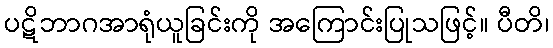
ပဋိဘာဂအာရုံယူခြင်းကို အကြောင်းပြုသဖြင့်။ ပီတိ၊